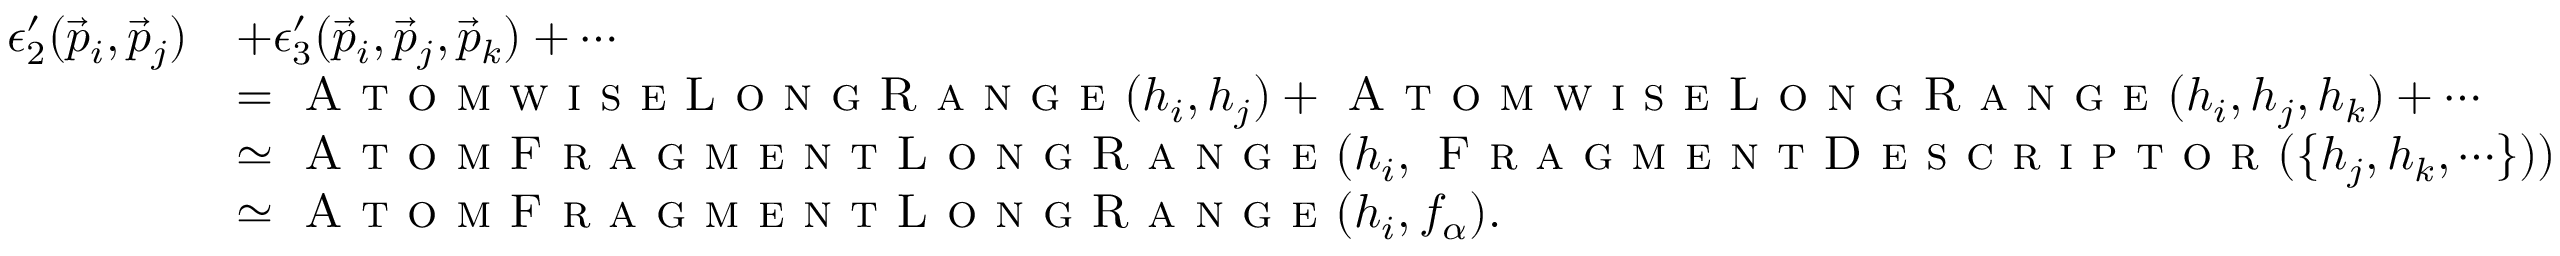
\begin{array} { r l } { \epsilon _ { 2 } ^ { \prime } ( \vec { p } _ { i } , \vec { p } _ { j } ) } & { + \epsilon _ { 3 } ^ { \prime } ( \vec { p } _ { i } , \vec { p } _ { j } , \vec { p } _ { k } ) + \cdots } \\ & { = \textsc { A t o m w i s e L o n g R a n g e } ( h _ { i } , h _ { j } ) + \textsc { A t o m w i s e L o n g R a n g e } ( h _ { i } , h _ { j } , h _ { k } ) + \cdots } \\ & { \simeq \textsc { A t o m F r a g m e n t L o n g R a n g e } ( h _ { i } , \textsc { F r a g m e n t D e s c r i p t o r } ( \{ h _ { j } , h _ { k } , \cdots \} ) ) } \\ & { \simeq \textsc { A t o m F r a g m e n t L o n g R a n g e } ( h _ { i } , f _ { \alpha } ) . } \end{array}